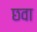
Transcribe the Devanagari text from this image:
छवा